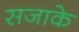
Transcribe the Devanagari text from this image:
सजाके